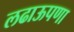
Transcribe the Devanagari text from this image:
लढाऊपणा